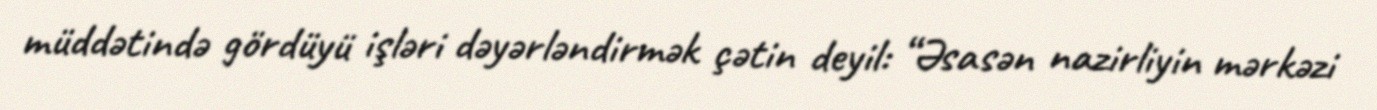
müddətində gördüyü işləri dəyərləndirmək çətin deyil: “Əsasən nazirliyin mərkəzi